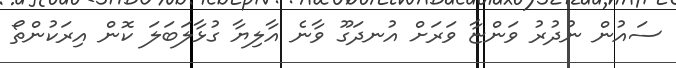
ސައުން ނުދުރު ވަންޏާ ވަރަށް އުނދަގޫ ވާނެ އާލިޔާ ގުޅާލަބަލަ ކޮން އިރަކުންތޯ